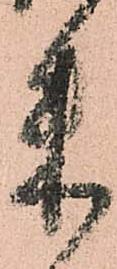
朱